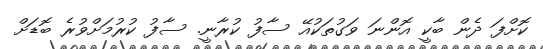
ކޮށްފަ ދެން ބާކީ އޮންނަ ވަގުތަކުއޭ ސާފު ކުރާނީ. ސާފު ކުރުމަށްވުރެ ބޮޑަށް